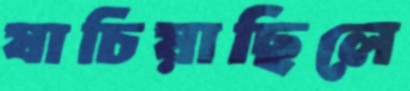
যাচিয়াছিলে